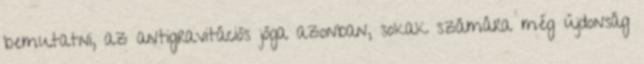
bemutatni, az antigravitációs jóga azonban, sokak számára még újdonság